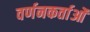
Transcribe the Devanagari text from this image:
वर्णनकर्ताओं